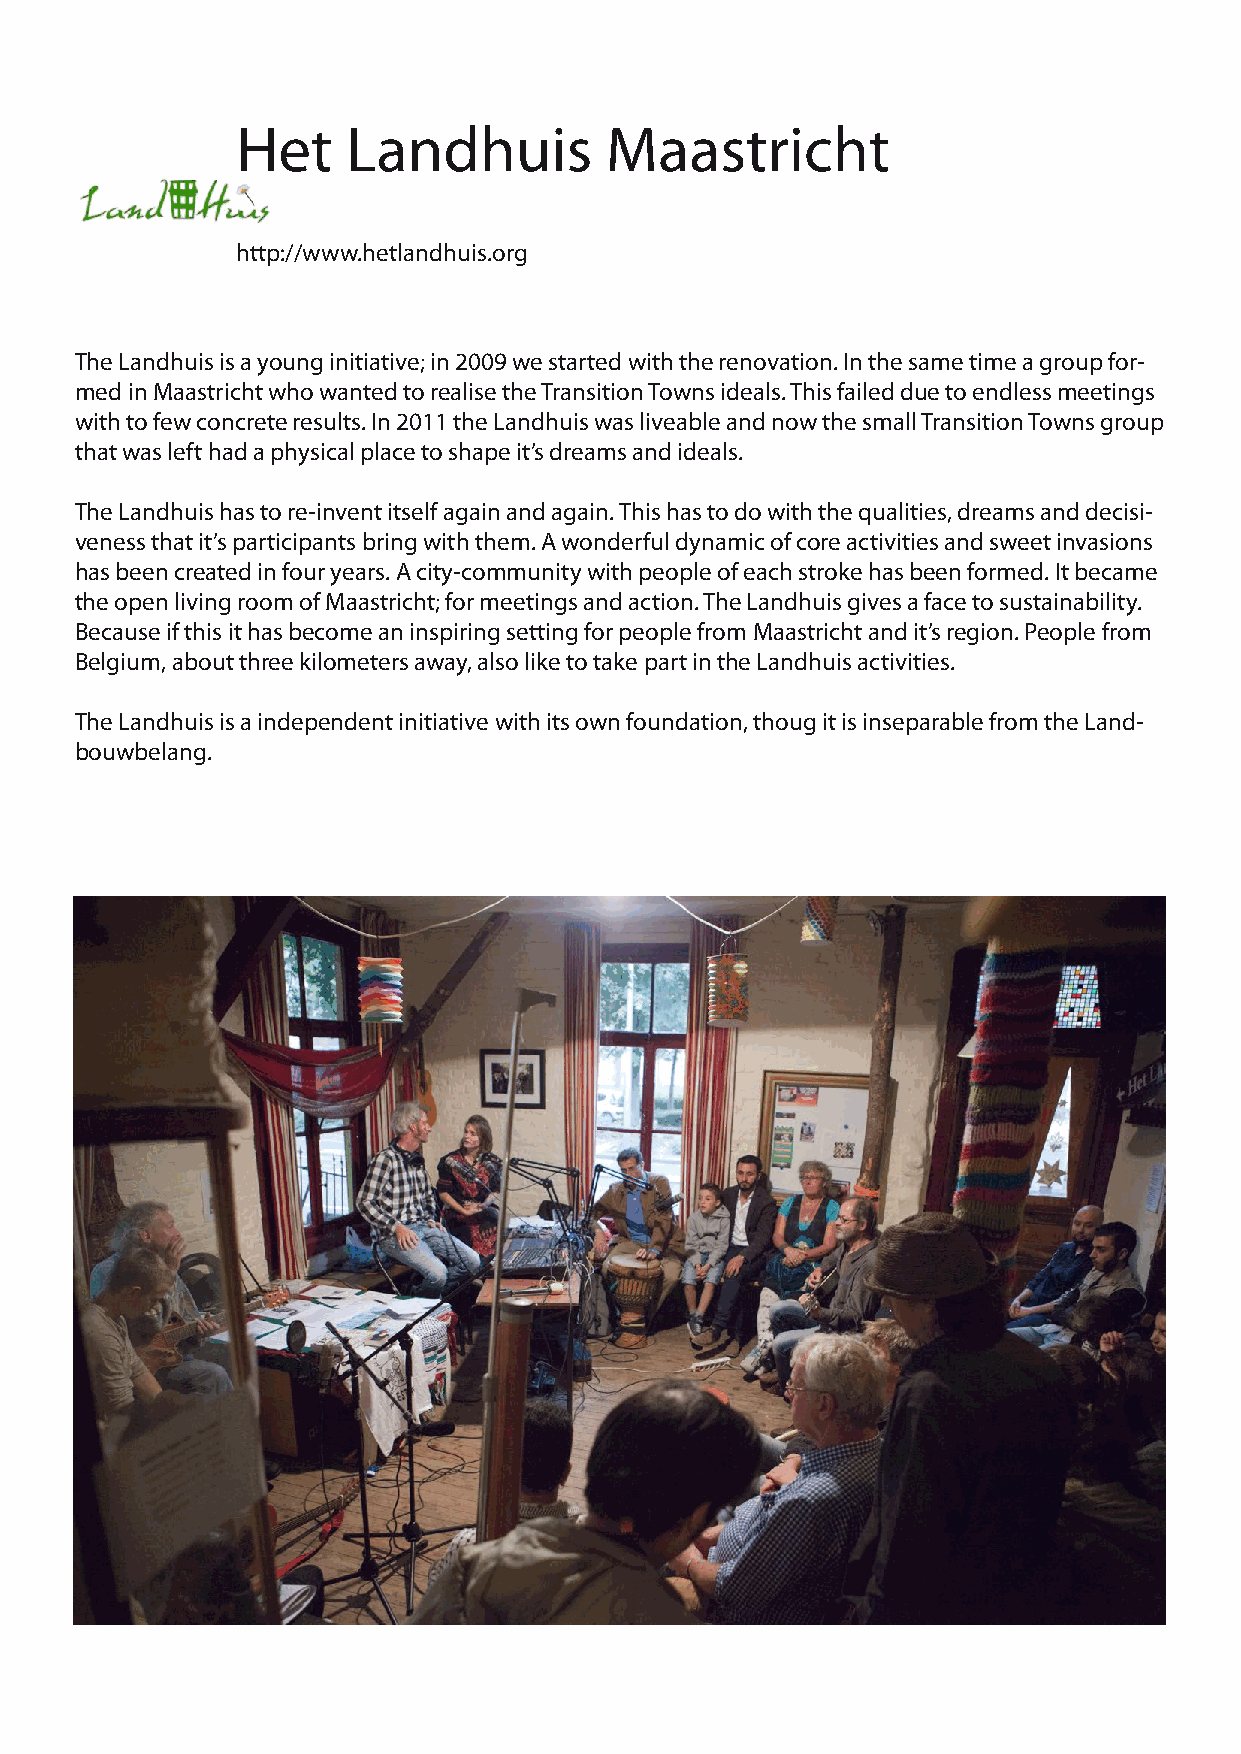
Het    Landhuis         Maastricht
 http://www.hetlandhuis.org
 The Landhuis is a young initiative; in 2009 we started with the renovation. In the same time a group for-
 med in Maastricht who wanted to realise the Transition Towns ideals. This failed due to endless meetings
 with to few concrete results. In 2011 the Landhuis was liveable and now the small Transition Towns group
 that was left had a physical place to shape it’s dreams and ideals.
 The Landhuis has to re-invent itself again and again. This has to do with the qualities, dreams and decisi-
 veness that it’s participants bring with them. A wonderful dynamic of core activities and sweet invasions
 has been created in four years. A city-community with people of each stroke has been formed. It became
 the open living room of Maastricht; for meetings and action. The Landhuis gives a face to sustainability.
 Because if this it has become an inspiring setting for people from Maastricht and it’s region. People from
 Belgium, about three kilometers away, also like to take part in the Landhuis activities.
 The Landhuis is a independent initiative with its own foundation, thoug it is inseparable from the Land-
 bouwbelang.